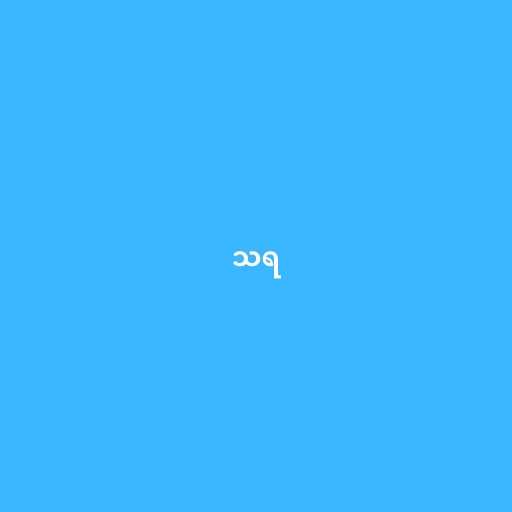
သရ